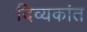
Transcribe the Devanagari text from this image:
दिव्यकांत